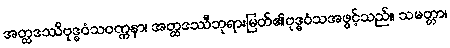
အတ္ထဒဿိဗုဒ္ဓဝံသဝဏ္ဏနာ၊ အတ္ထဒဿီဘုရားမြတ်၏ဗုဒ္ဓဝံသအဖွင့်သည်။ သမတ္တာ၊